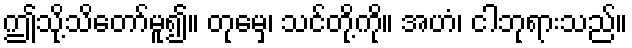
ဤသို့သိတော်မူ၍။ တုမှေ၊ သင်တို့ကို။ အဟံ၊ ငါဘုရားသည်။